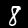
Label: 8